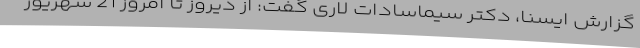
گزارش ایسنا، دکتر سیماسادات لاری گفت: از دیروز تا امروز 21 شهریور